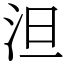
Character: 泹